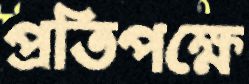
প্রতিপক্ষে